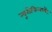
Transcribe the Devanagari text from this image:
न्यूरोफिलामेंट